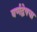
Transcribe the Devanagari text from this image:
वर्णद्वेषचा